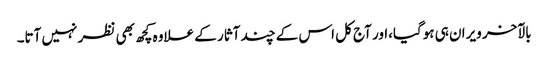
بالآخر ویران ہی ہوگیا،اور آج کل اس کے چند آثار کے علاوہ کچھ بھی نظر نہیں آتا۔